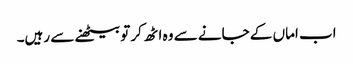
اب اماں کے جانے سے وہ اٹھ کر تو بیٹھنے سے رہیں۔